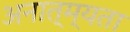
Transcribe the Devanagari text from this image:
अनात्म्यता